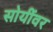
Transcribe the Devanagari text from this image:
सोयींवर